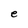
Character: e